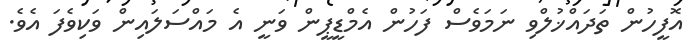
އޮފީހުން ތަދައްޚުލްވި ނަމަވެސް ފަހުން އެމްޑީޕީން ވަނީ އެ މައްސަލައިން ވަކިވެފަ އެވެ.